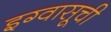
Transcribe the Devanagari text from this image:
इग्वासूची